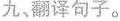
九、翻译句子。